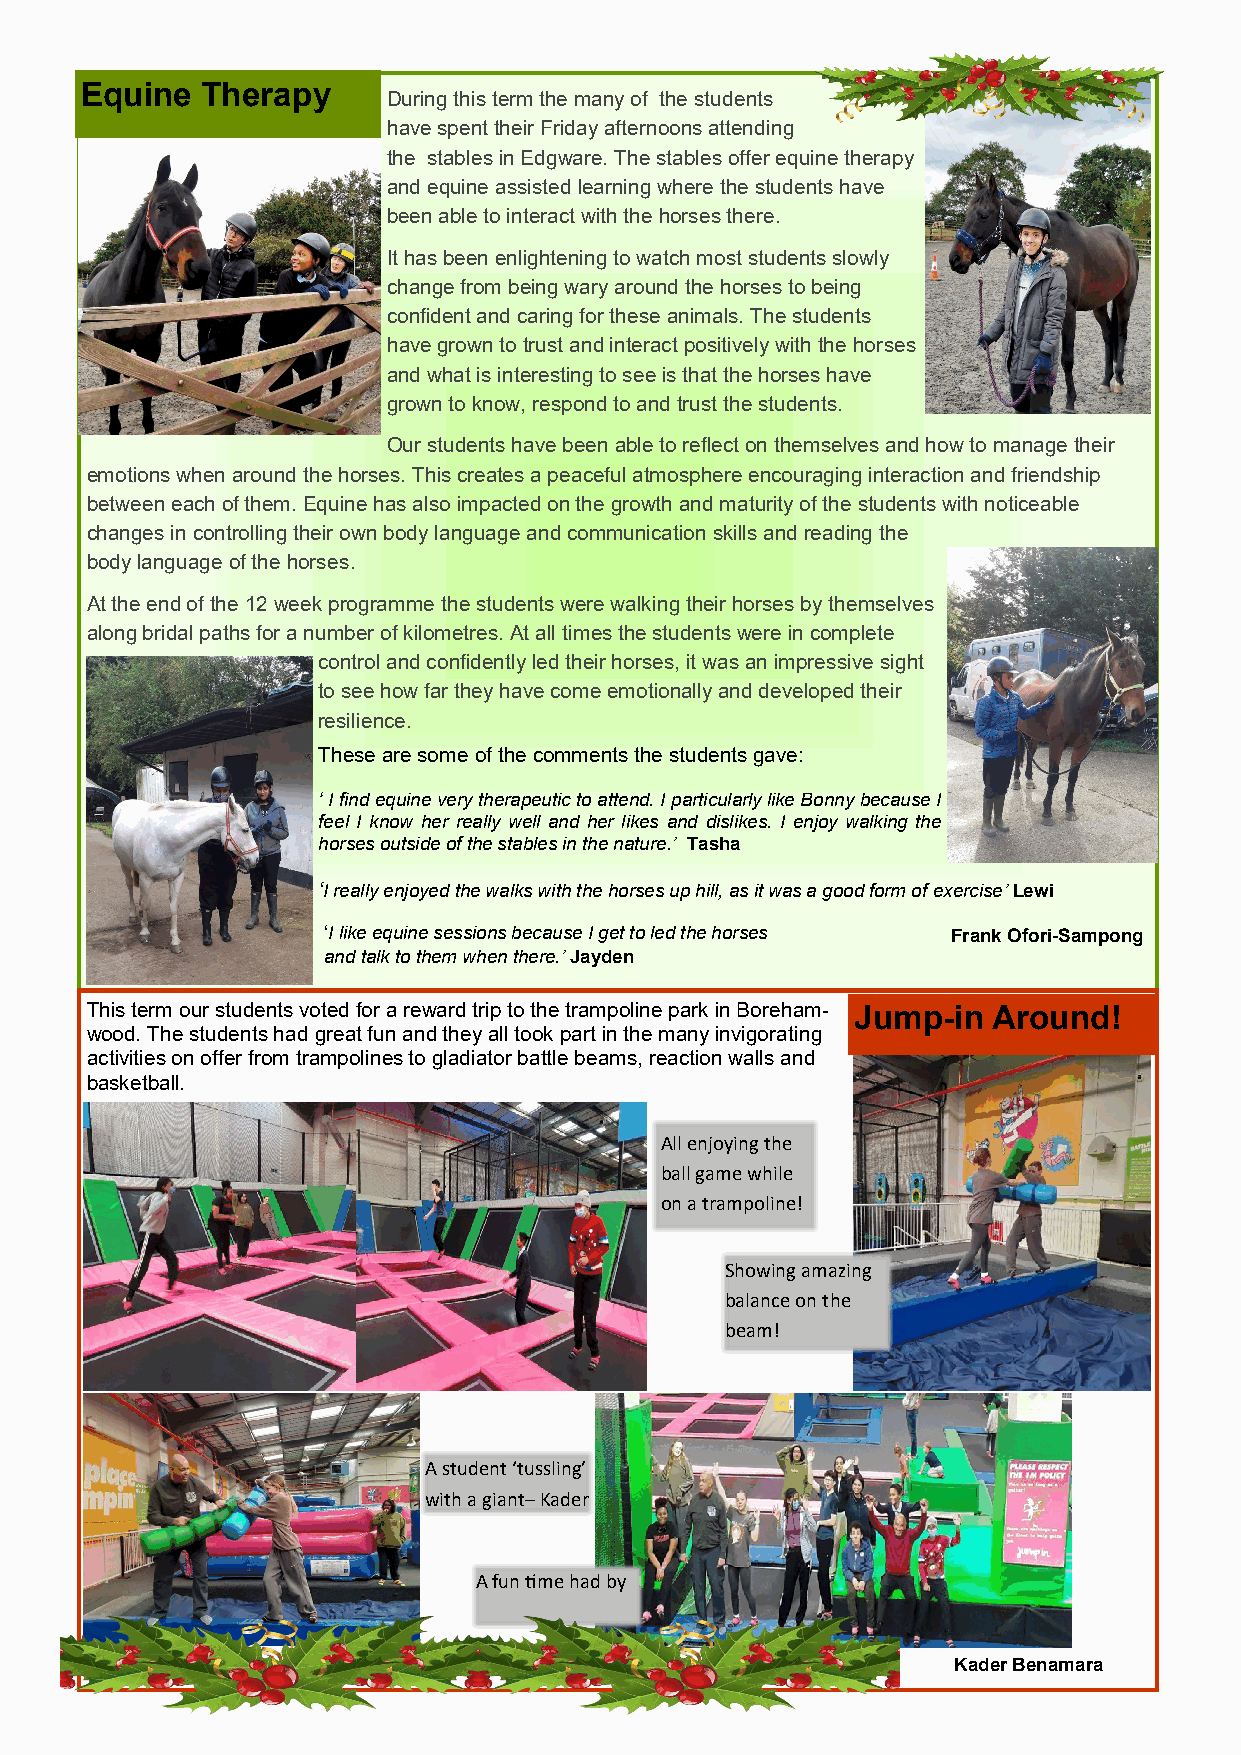
Equine  Therapy
 During this term the many of the students
 have spent their Friday afternoons attending
 the stables in Edgware. The stables offer equine therapy
 and equine assisted learning where the students have
 been able to interact with the horses there.
 It has been enlightening to watch most students slowly
 change from being wary around the horses to being
 confident and caring for these animals. The students
 have grown to trust and interact positively with the horses
 and what is interesting to see is that the horses have
 grown to know, respond to and trust the students.
 Our students have been able to reflect on themselves and how to manage their
 emotions when around the horses. This creates a peaceful atmosphere encouraging interaction and friendship
 between each of them. Equine has also impacted on the growth and maturity of the students with noticeable
 changes in controlling their own body language and communication skills and reading the
 body language of the horses.
 At the end of the 12 week programme the students were walking their horses by themselves
 along bridal paths for a number of kilometres. At all times the students were in complete
 control and confidently led their horses, it was an impressive sight
 to see how far they have come emotionally and developed their
 resilience.
 These are some of the comments the students gave:
 ‘ I find equine very therapeutic to attend. I particularly like Bonny because I
 feel I know her really well and her likes and dislikes. I enjoy walking the
 horses outside of the stables in the nature.’ Tasha
 ‘I really enjoyed the walks with the horses up hill, as it was a good form of exercise’ Lewi
 ‘I like equine sessions because I get to led the horses Frank Ofori-Sampong
 and talk to them when there.’ Jayden
 This term our students voted for a reward trip to the trampoline park in Boreham- Jump-in Around!
 wood. The students had great fun and they all took part in the many invigorating
 activities on offer from trampolines to gladiator battle beams, reaction walls and
 basketball.
 All enjoying the
 ball game while
 on a trampoline!
 Showing amazing
 balance on the
 beam!
 A student ‘tussling’
 with a giant– Kader
 A fun time had by
 Kader Benamara
 5